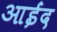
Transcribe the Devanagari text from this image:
आईंद